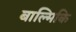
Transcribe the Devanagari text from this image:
बाल्मिकि